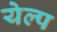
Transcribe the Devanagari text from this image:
येल्प